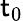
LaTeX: \mathsf{t}_{0}